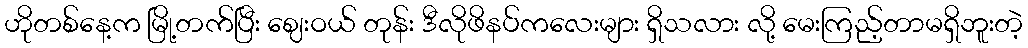
ဟိုတစ်နေ့က မြို့တက်ပြီး ဈေးဝယ် တုန်း ဒီလိုဖိနပ်ကလေးများ ရှိသလား လို့ မေးကြည့်တာမရှိဘူးတဲ့